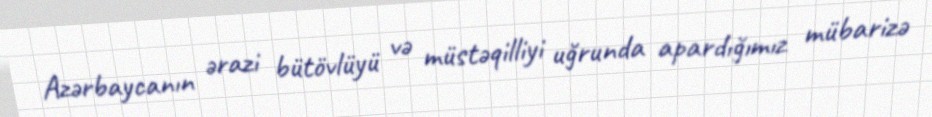
Azərbaycanın ərazi bütövlüyü və müstəqilliyi uğrunda apardığımız mübarizə